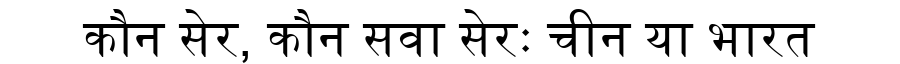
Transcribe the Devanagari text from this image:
कौन सेर, कौन सवा सेरः चीन या भारत